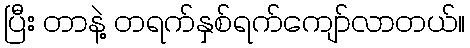
ပြီး တာနဲ့ တရက်နှစ်ရက်ကျော်လာတယ်။